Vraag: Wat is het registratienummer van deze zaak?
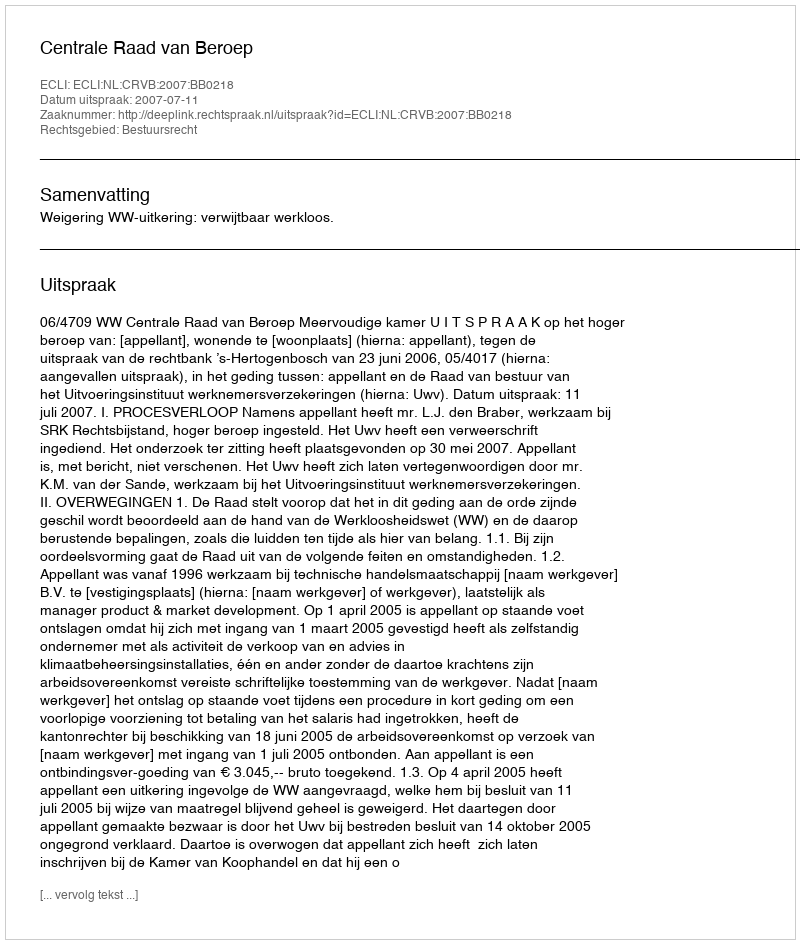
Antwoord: http://deeplink.rechtspraak.nl/uitspraak?id=ECLI:NL:CRVB:2007:BB0218